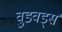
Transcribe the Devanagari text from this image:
वुडवर्ड्स